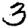
Digit: 3